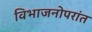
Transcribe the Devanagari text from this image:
विभाजनोपरांत